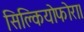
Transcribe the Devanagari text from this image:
सिक्लियोफोरा।